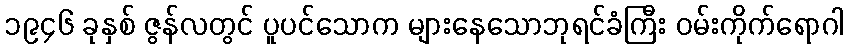
၁၉၄၆ ခုနှစ် ဇွန်လတွင် ပူပင်သောက များနေသောဘုရင်ခံကြီး ဝမ်းကိုက်ရောဂါ